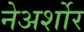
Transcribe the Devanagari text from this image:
नेअर्शोर